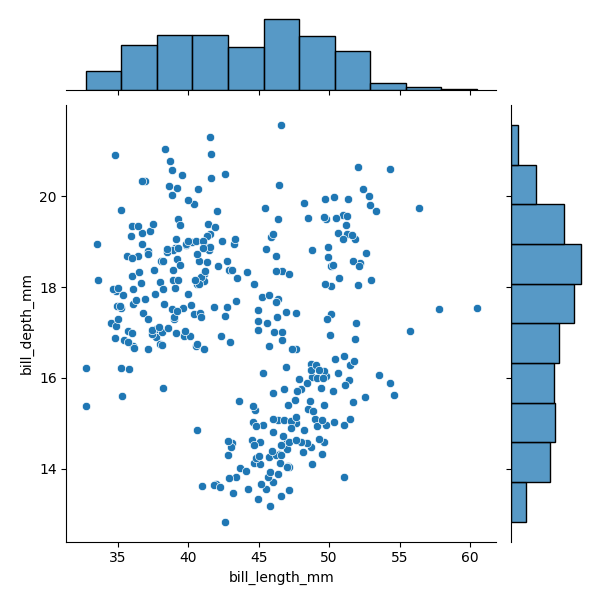
python, seaborn, JointGrid, scatterplot, histplot